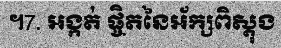
។7. អង្កត់ ផ្ចិតនៃអ័ក្សពិស្តុង